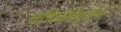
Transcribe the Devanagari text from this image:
एफिलिएटिंग